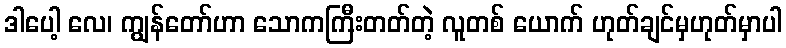
ဒါပေါ့ လေ၊ ကျွန်တော်ဟာ သောကကြီးတတ်တဲ့ လူတစ် ယောက် ဟုတ်ချင်မှဟုတ်မှာပါ